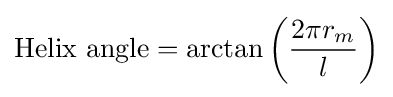
{\mbox{Helix angle}}=\arctan \left({\frac {2\pi r_{m}}{l}}\right)